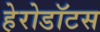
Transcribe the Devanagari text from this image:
हेरोडॉटस